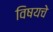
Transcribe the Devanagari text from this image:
विषयचे